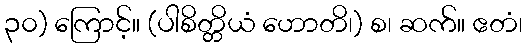
၃၀) ကြောင့်။ (ပါစိတ္တိယံ ဟောတိ၊) စ၊ ဆက်။ ဧတံ၊